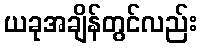
ယခုအချိန်တွင်လည်း